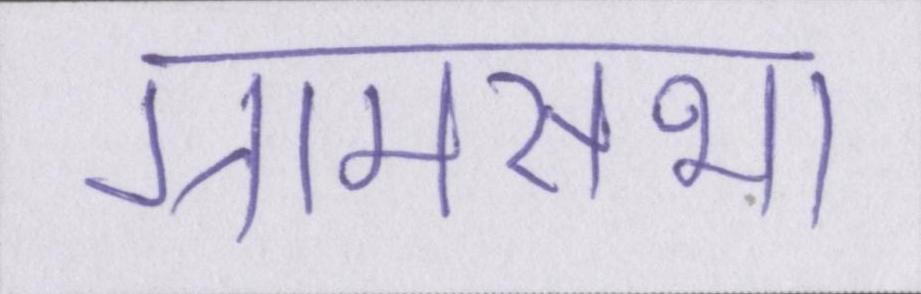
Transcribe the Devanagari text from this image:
ग्रामसभा